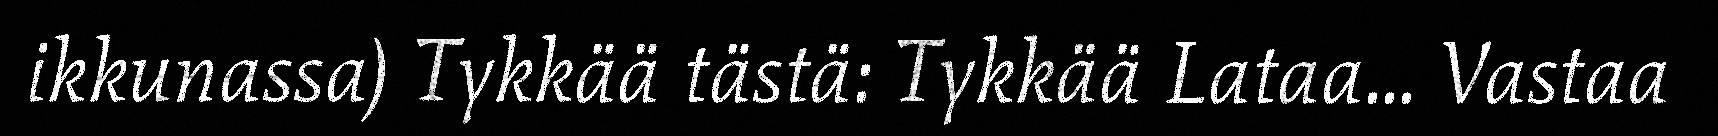
ikkunassa) Tykkää tästä: Tykkää Lataa... Vastaa